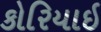
કોરિયાઇ